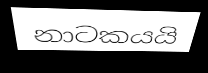
නාටකයයි